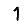
Digit: 1